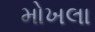
મોખલા